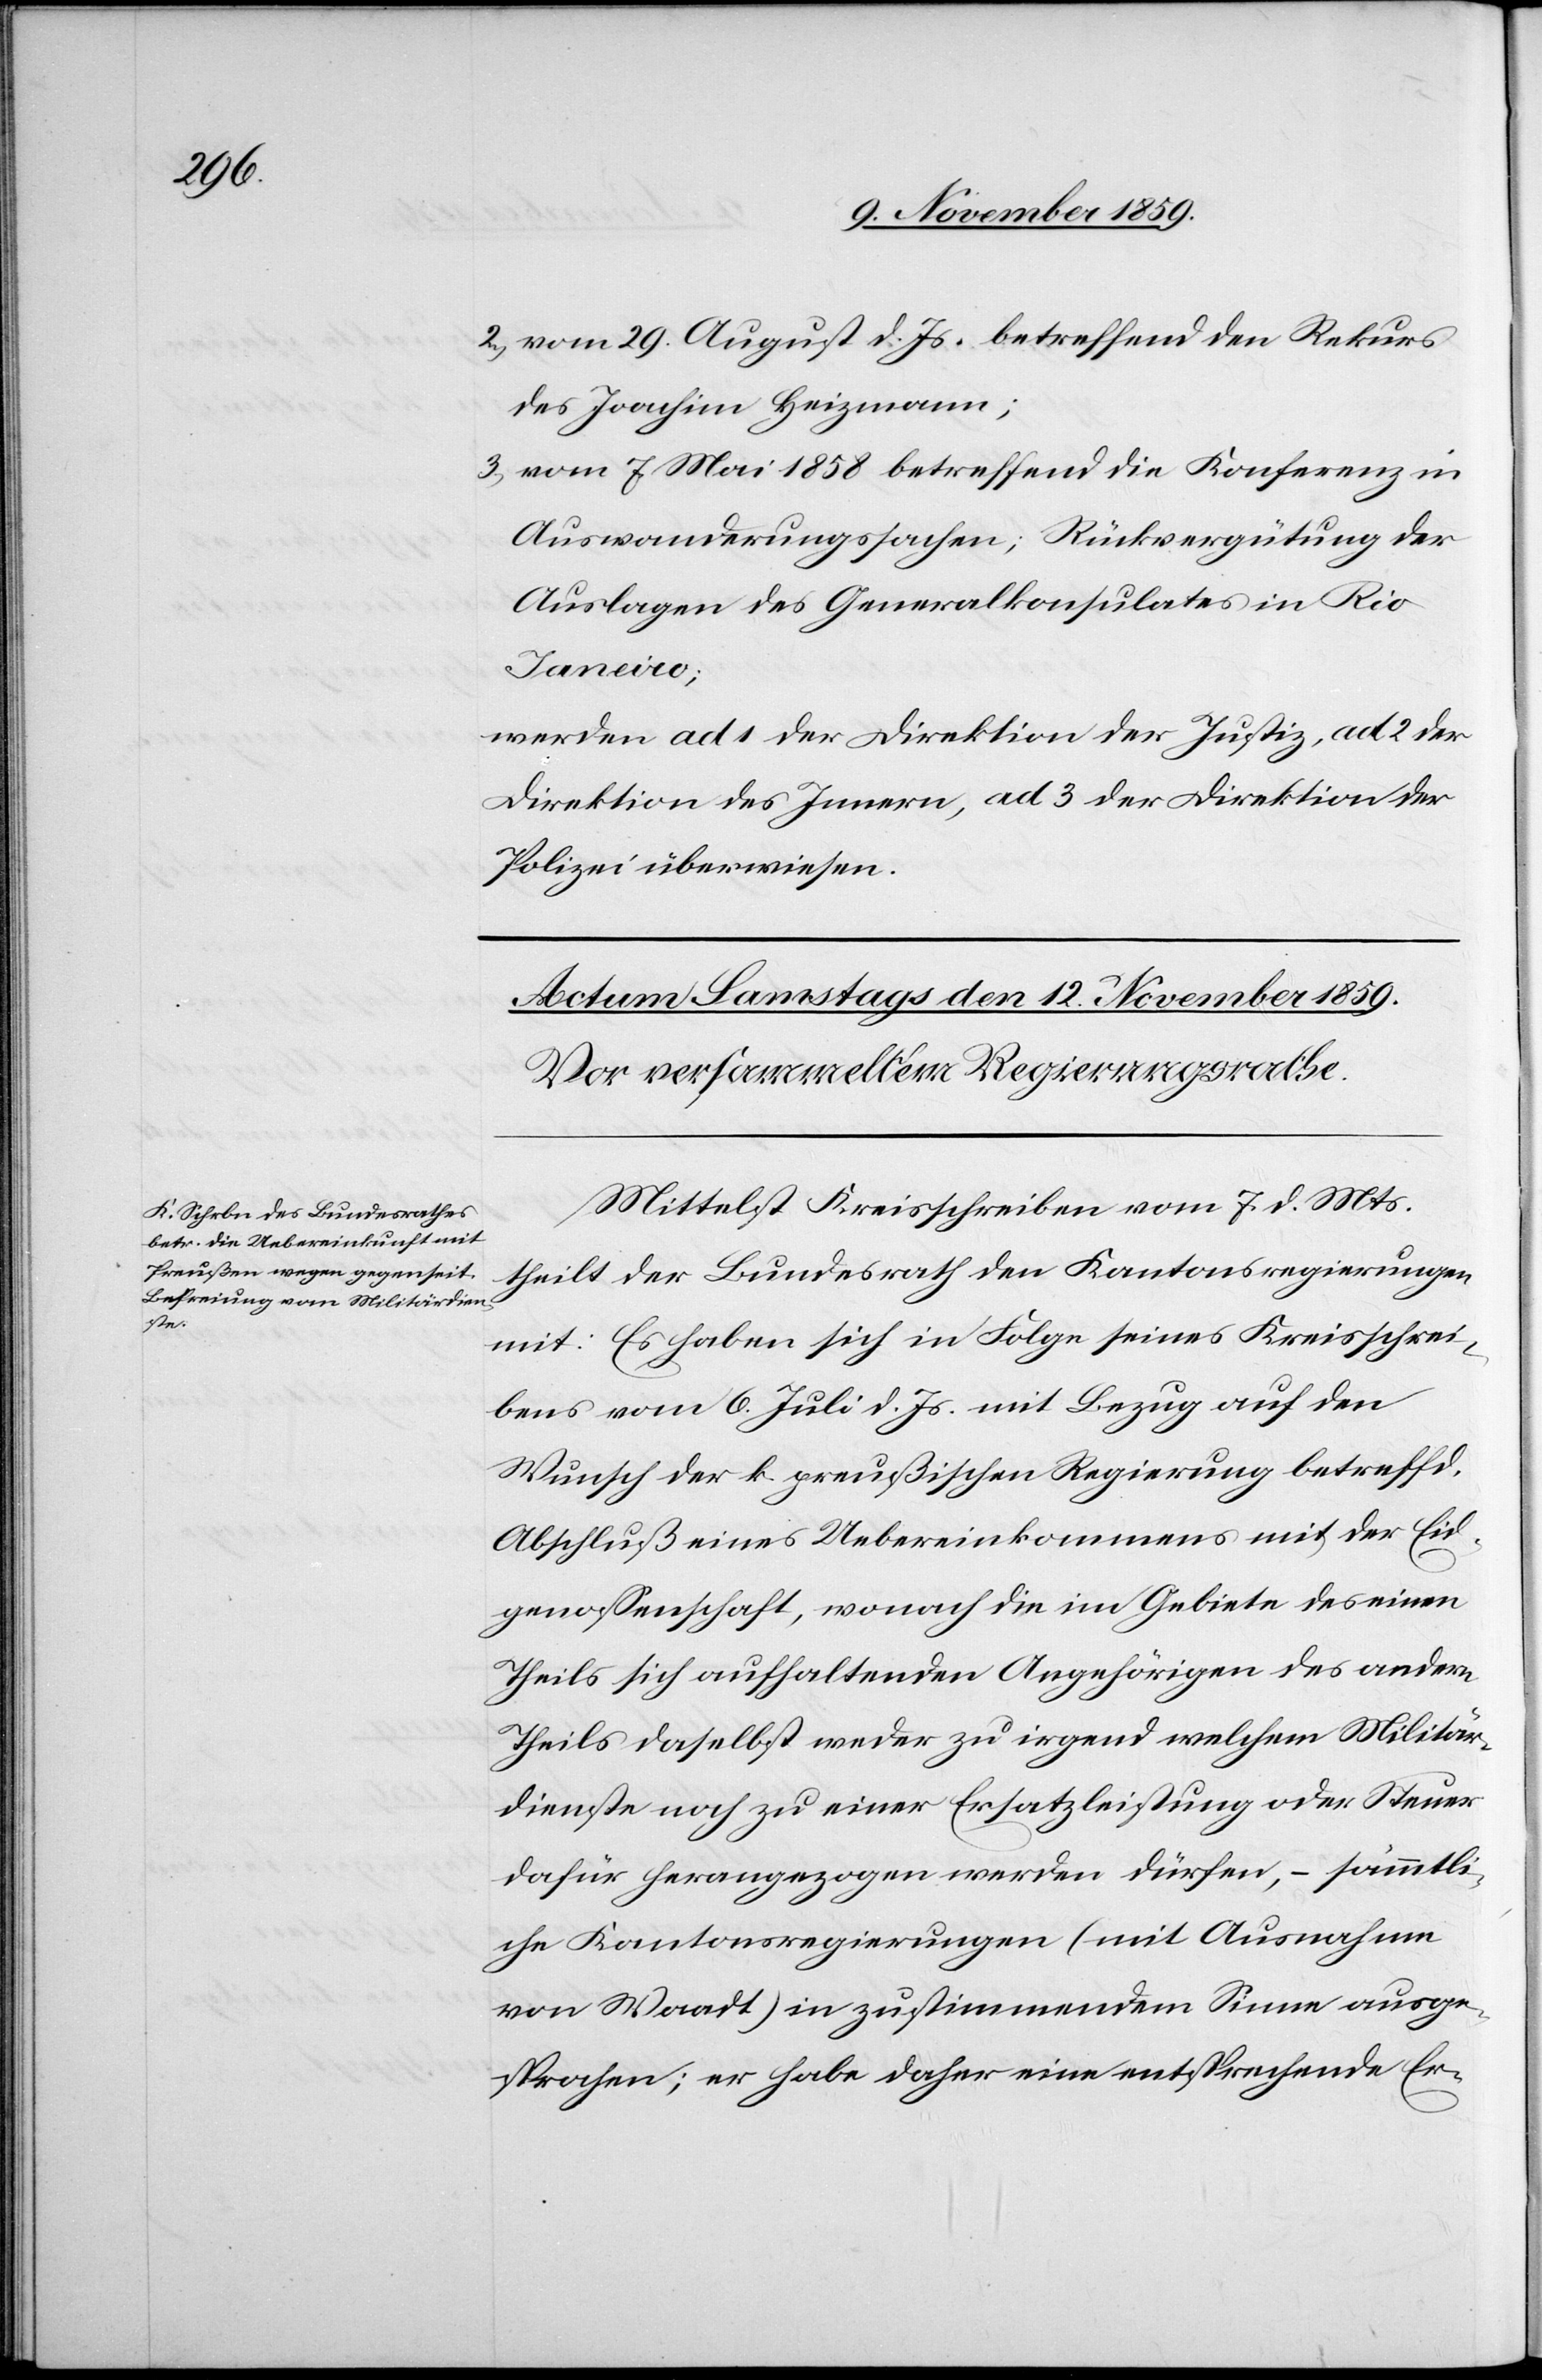
2) vom 29. August d. Js. betreffend den Rekurs
des Joachim Heizmann;
3) vom 7. Mai 1858 betreffend die Konferenz in
Auswanderungssachen; Rückvergütung der
Auslagen des Generalkonsulats in Rio
Janeiro;
werden ad 1 der Direktion der Justiz, ad 2 der
Direktion des Innern, ad 3 der Direktion der
Polizei überwiesen.
Mittelst Kreisschreiben vom 7. d. Mts.
theilt der Bundesrath den Kantonsregierungen
mit: Es haben sich in Folge seines Kreisschrei¬
bens vom 6. Juli d. Js. mit Bezug auf den
Wunsch der k. preußischen Regierung betreffend
Abschluß eines Uebereinkommens mit der Eid¬
genossenschaft, wonach die im Gebiete des einen
Theils sich aufhaltenden Angehörigen des andern
Theils daselbst weder zu irgend welchen Militär¬
diensten noch zu einer Ersatzleistung oder Steuer
dafür herangezogen werden dürfen, – sämmtli¬
che Kantonsregierungen (mit Ausnahme
von Waadt) in zustimmendem Sinne ausge¬
sprochen; er habe daher eine entsprechende Er-